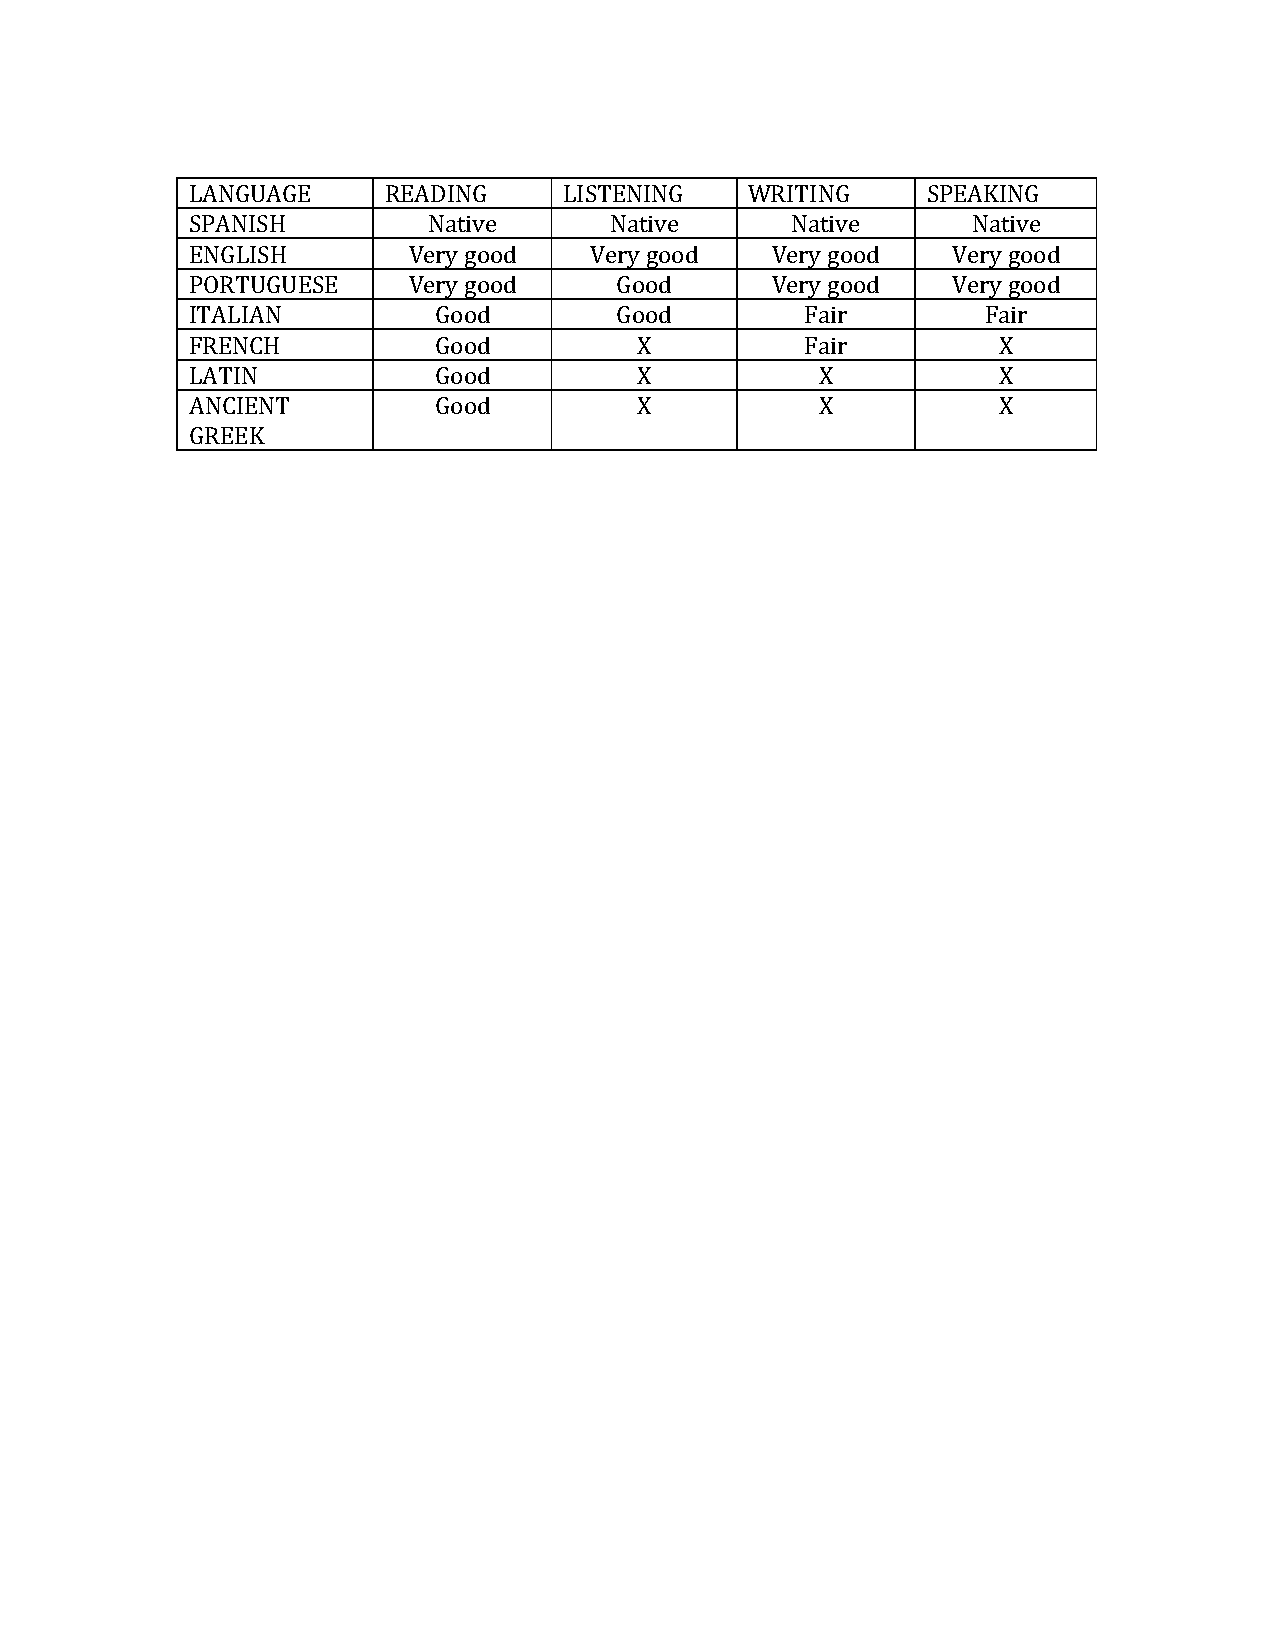
LANGUAGE    READING     LISTENING    WRITING    SPEAKING
 SPANISH        Native      Native      Native      Native
 ENGLISH       Very good   Very good   Very good   Very good
 PORTUGUESE    Very good     Good      Very good   Very good
 ITALIAN         Good        Good        Fair        Fair
 FRENCH          Good         X          Fair         X
 LATIN           Good         X           X           X
 ANCIENT         Good         X           X           X
 GREEK